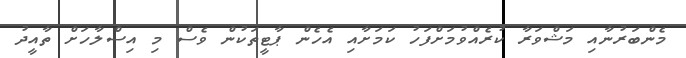
މެންބަރުނާއި މަޝްވަރާ ކުރެއްވުމަށްފަހު ކަމަށާއި އެހެން ޕާޓީތަކުން ވެސް މި އިސްލާހަށް ތާއީދު